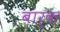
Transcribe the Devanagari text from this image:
बार्क़